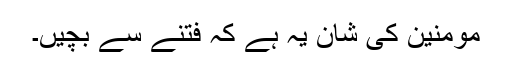
مومنین کی شان یہ ہے کہ فتنے سے بچیں۔